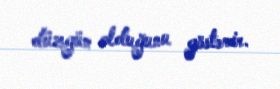
düzgün olduğunu göstərir.